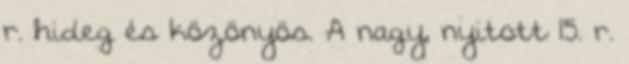
r. hideg és közönyös. A nagy, nyitott 15. r.